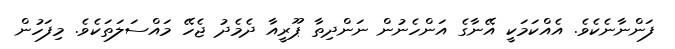
ފަންނާނެކެވެ. އެއްކަމަކީ އޭނާގެ އަންހެނުން ނަންދިތާ ޕޫރީއާ ދެމެދު ޖެހޭ މައްސަލަތަކެވެ. މިފަހުން